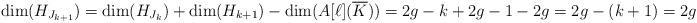
LaTeX: \begin{align*}\dim(H_{J_{k+1}})=\dim(H_{J_{k}})+\dim(H_{k+1})-\dim(A[\ell](\overline{K}))=2g-k+2g-1-2g=2g-(k+1)=2g-\#{J_{k+1}},\end{align*}